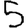
Digit: 5